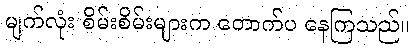
မျက်လုံး စိမ်းစိမ်းများက တောက်ပ နေကြသည်။